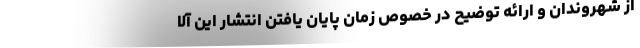
از شهروندان و ارائه توضیح در خصوص زمان پایان یافتن انتشار این آلا